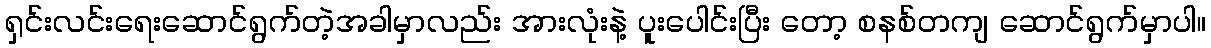
ရှင်းလင်းရေးဆောင်ရွက်တဲ့အခါမှာလည်း အားလုံးနဲ့ ပူးပေါင်းပြီး တော့ စနစ်တကျ ဆောင်ရွက်မှာပါ။